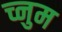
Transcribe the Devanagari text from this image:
च्नुम